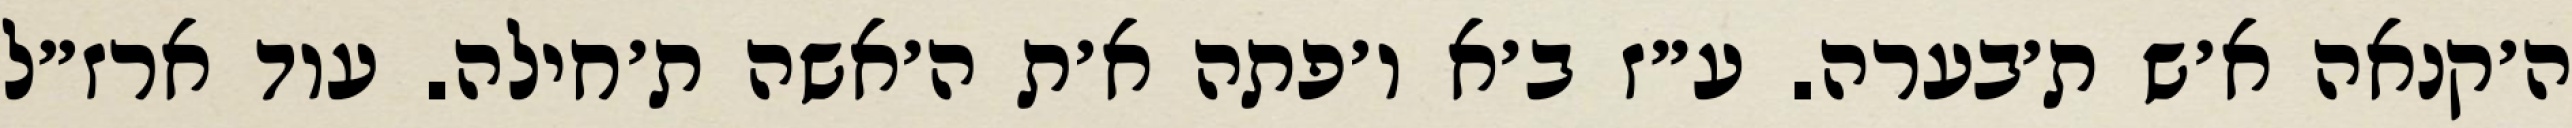
ה׳קנאה א׳ש ת׳בערה. ע״ז ב׳א ו׳פתה א׳ת ה׳אשה ת׳חילה. עוד ארז״ל